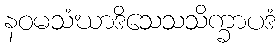
နဝမသံဃာဒိသေသသိက္ခာပဒံ